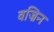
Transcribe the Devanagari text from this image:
वज्रिन